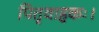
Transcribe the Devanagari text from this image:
पितृवाहकः।